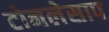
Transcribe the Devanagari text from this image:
टोनलेसाप